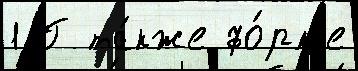
1 Г та́кже фо́рм'е